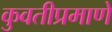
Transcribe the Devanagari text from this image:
कुवतीप्रमाणे